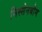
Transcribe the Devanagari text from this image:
निस्सेनबौम